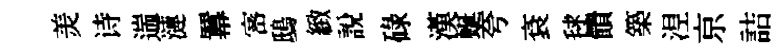
羙诗遄漣羃宻鴟緻說碌漢蜒夸袞毬饋築𣵀京詰